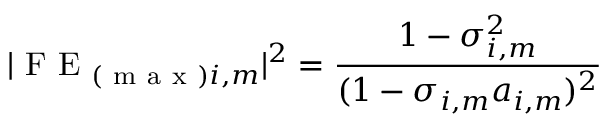
| \mathrm { ~ F ~ E ~ } _ { ( \mathrm { ~ m ~ a ~ x ~ } ) i , m } | ^ { 2 } = \frac { 1 - \sigma _ { i , m } ^ { 2 } } { ( 1 - \sigma _ { i , m } a _ { i , m } ) ^ { 2 } }